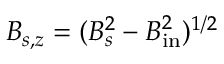
B _ { s , z } = ( B _ { s } ^ { 2 } - B _ { \mathrm { i n } } ^ { 2 } ) ^ { 1 / 2 }